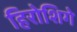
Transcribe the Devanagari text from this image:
हिरोशिगे